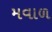
મવાળ